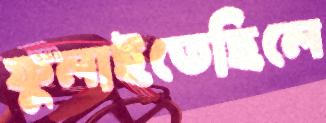
ফুলাইতেছিলে